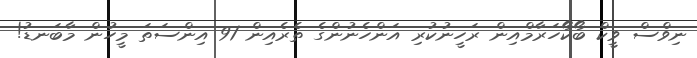
ނިވްސް ވީކް ބޯކޯހަރާމްއިން ރަހީނުކުރި އަންހެނުންގެ ތެރެއިން 91 އިންސަތަ މީހުން މާބަނޑު!